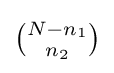
{\tbinom {N-n_{1}}{n_{2}}}